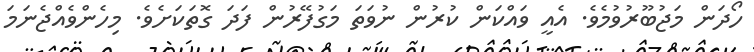
ހޯދަން މަޖުބޫރުވުމެވެ. އެއީ ވައްކަން ކުރުން ނުވަތަ މަގުފޭރުން ފަދަ ގޮތަކަށެވެ. މިހެންވެއްޖެނަމަ